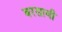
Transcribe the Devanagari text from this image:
बरसायी